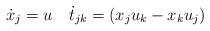
LaTeX: \begin{align*} \dot x_j=u\quad\dot t_{jk}=(x_ju_k-x_ku_j)\quad\end{align*}